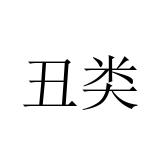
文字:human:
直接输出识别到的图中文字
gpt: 丑类